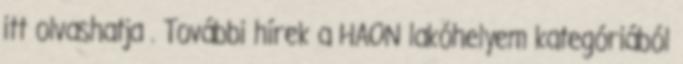
itt olvashatja . További hírek a HAON lakóhelyem kategóriából